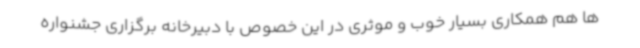
ها هم همکاری بسیار خوب و موثری در این خصوص با دبیرخانه برگزاری جشنواره